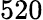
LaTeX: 520